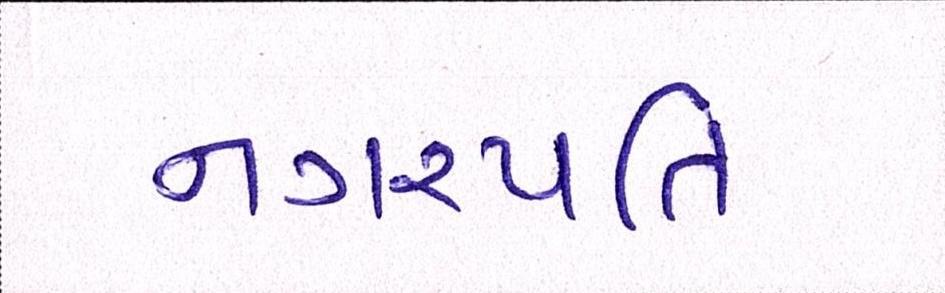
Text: નગરપતિ